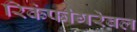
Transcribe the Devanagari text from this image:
रिकंफीगरेबल